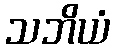
သဘိယံ